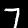
Digit: 7